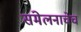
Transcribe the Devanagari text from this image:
संमेलनाचेच